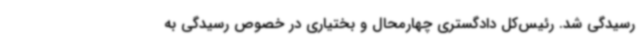
رسیدگی شد. رئیس‌کل دادگستری چهارمحال و بختیاری در خصوص رسیدگی به